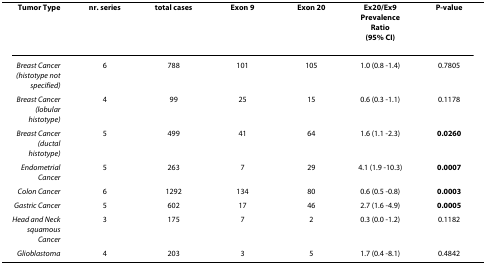
| Tumor Type | nr. series | total cases | Exon 9 | Exon 20 | Ex20/Ex9Prevalence Ratio(95% CI) | P-value |
 | --- | --- | --- | --- | --- | --- | --- |
 | Breast Cancer (histotype not specified) | 6 | 788 | 101 | 105 | 1.0 (0.8 -1.4) | 0.7805 |
 | Breast Cancer (lobular histotype) | 4 | 99 | 25 | 15 | 0.6 (0.3 -1.1) | 0.1178 |
 | Breast Cancer (ductal histotype) | 5 | 499 | 41 | 64 | 1.6 (1.1 -2.3) | 0.0260 |
 | Endometrial Cancer | 5 | 263 | 7 | 29 | 4.1 (1.9 -10.3) | 0.0007 |
 | Colon Cancer | 6 | 1292 | 134 | 80 | 0.6 (0.5 -0.8) | 0.0003 |
 | Gastric Cancer | 5 | 602 | 17 | 46 | 2.7 (1.6 -4.9) | 0.0005 |
 | Head and Neck squamous Cancer | 3 | 175 | 7 | 2 | 0.3 (0.0 -1.2) | 0.1182 |
 | Glioblastoma | 4 | 203 | 3 | 5 | 1.7 (0.4 -8.1) | 0.4842 |